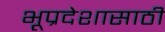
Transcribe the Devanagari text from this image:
भूप्रदेशासाठी